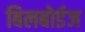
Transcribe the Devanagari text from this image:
बिलबोर्डज